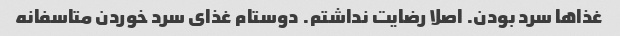
غذاها سرد بودن. اصلا رضایت نداشتم. دوستام غذای سرد خوردن متاسفانه